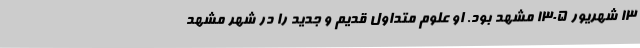
۱۳ شهریور ۱۳۰۵ مشهد بود. او علوم متداول قدیم و جدید را در شهر مشهد